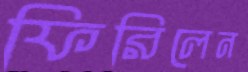
ফিরিলেন